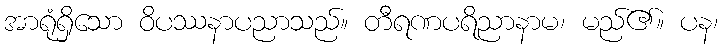
အာရုံရှိသော ဝိပဿနာပညာသည်။ တီရဏပရိညာနာမ၊ မည်၏။ ပန၊